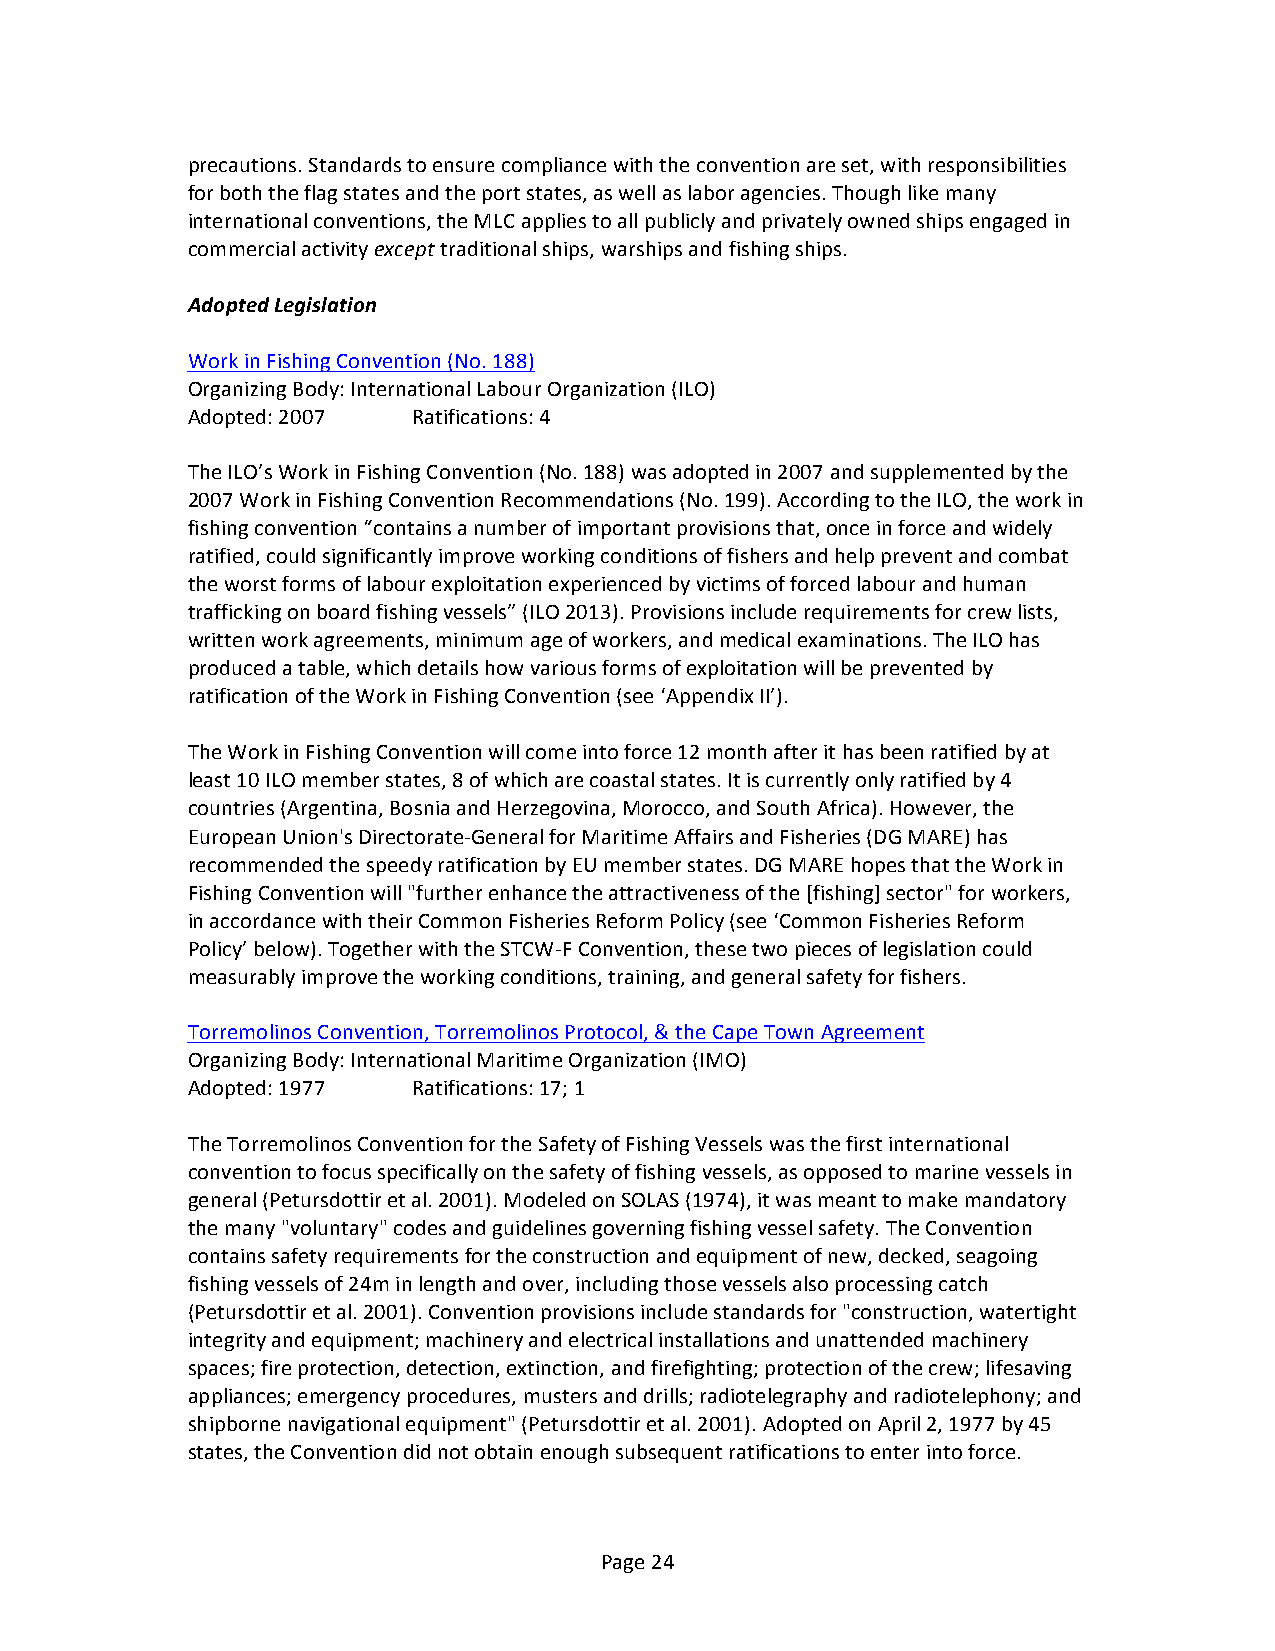
precautions. Standards to ensure compliance with the convention are set, with responsibilities
 for both the flag states and the port states, as well as labor agencies. Though like many
 international conventions, the MLC applies to all publicly and privately owned ships engaged in
 commercial activity except traditional ships, warships and fishing ships.
 Adopted Legislation
 Work in Fishing Convention (No. 188)
 Organizing Body: International Labour Organization (ILO)
 Adopted: 2007  Ratifications: 4
 The ILO’s Work in Fishing Convention (No. 188) was adopted in 2007 and supplemented by the
 2007 Work in Fishing Convention Recommendations (No. 199). According to the ILO, the work in
 fishing convention “contains a number of important provisions that, once in force and widely
 ratified, could significantly improve working conditions of fishers and help prevent and combat
 the worst forms of labour exploitation experienced by victims of forced labour and human
 trafficking on board fishing vessels” (ILO 2013). Provisions include requirements for crew lists,
 written work agreements, minimum age of workers, and medical examinations. The ILO has
 produced a table, which details how various forms of exploitation will be prevented by
 ratification of the Work in Fishing Convention (see ‘Appendix II’).
 The Work in Fishing Convention will come into force 12 month after it has been ratified by at
 least 10 ILO member states, 8 of which are coastal states. It is currently only ratified by 4
 countries (Argentina, Bosnia and Herzegovina, Morocco, and South Africa). However, the
 European Union's Directorate-­‐General for Maritime Affairs and Fisheries (DG MARE) has
 recommended the speedy ratification by EU member states. DG MARE hopes that the Work in
 Fishing Convention will "further enhance the attractiveness of the [fishing] sector" for workers,
 in accordance with their Common Fisheries Reform Policy (see ‘Common Fisheries Reform
 Policy’ below). Together with the STCW-­‐F Convention, these two pieces of legislation could
 measurably improve the working conditions, training, and general safety for fishers.
 Torremolinos Convention, Torremolinos Protocol, & the Cape Town Agreement
 Organizing Body: International Maritime Organization (IMO)
 Adopted: 1977  Ratifications: 17; 1
 The Torremolinos Convention for the Safety of Fishing Vessels was the first international
 convention to focus specifically on the safety of fishing vessels, as opposed to marine vessels in
 general (Petursdottir et al. 2001). Modeled on SOLAS (1974), it was meant to make mandatory
 the many "voluntary" codes and guidelines governing fishing vessel safety. The Convention
 contains safety requirements for the construction and equipment of new, decked, seagoing
 fishing vessels of 24m in length and over, including those vessels also processing catch
 (Petursdottir et al. 2001). Convention provisions include standards for "construction, watertight
 integrity and equipment; machinery and electrical installations and unattended machinery
 spaces; fire protection, detection, extinction, and firefighting; protection of the crew; lifesaving
 appliances; emergency procedures, musters and drills; radiotelegraphy and radiotelephony; and
 shipborne navigational equipment" (Petursdottir et al. 2001). Adopted on April 2, 1977 by 45
 states, the Convention did not obtain enough subsequent ratifications to enter into force.
 Page 24